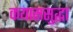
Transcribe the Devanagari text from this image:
कयाससुद्धा